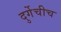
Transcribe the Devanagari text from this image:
दुर्गेचीच